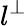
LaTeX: l^{\perp}